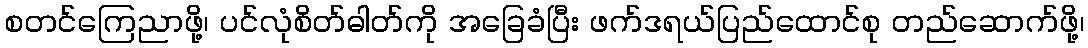
စတင်ကြေညာဖို့၊ ပင်လုံစိတ်ဓါတ်ကို အခြေခံပြီး ဖက်ဒရယ်ပြည်ထောင်စု တည်ဆောက်ဖို့၊